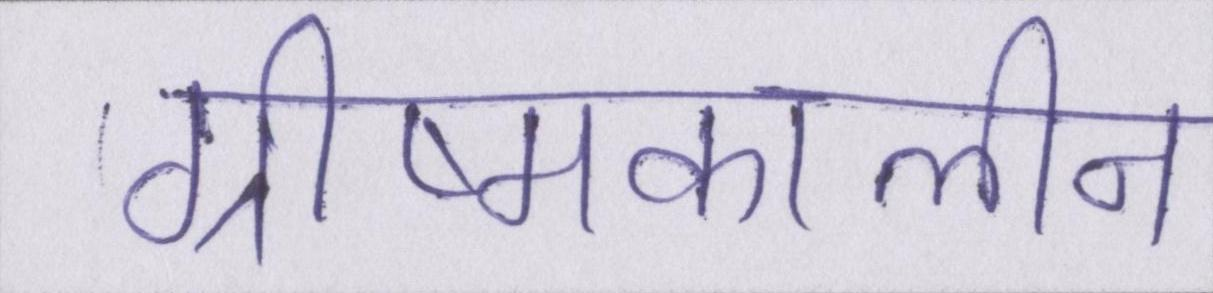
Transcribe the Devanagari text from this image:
ग्रीष्मकालीन